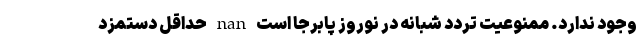
وجود ندارد. ممنوعیت تردد شبانه در نوروز پابرجا است nan حداقل دستمزد